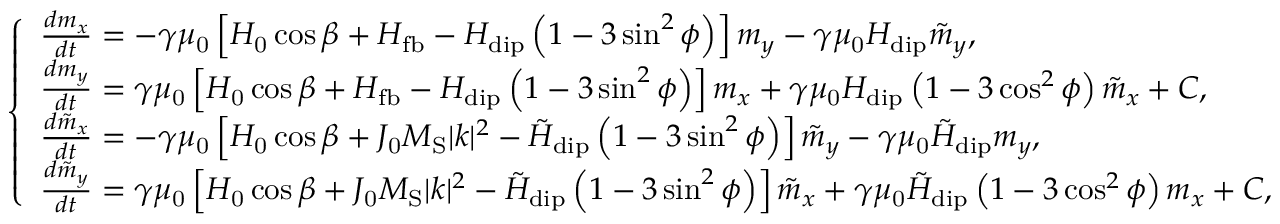
\left\{ \begin{array} { l l } { \frac { d m _ { x } } { d t } = - \gamma \mu _ { \mathrm { 0 } } \left[ H _ { \mathrm { 0 } } \cos \beta + H _ { \mathrm { f b } } - H _ { \mathrm { d i p } } \left( 1 - 3 \sin ^ { 2 } \phi \right) \right] m _ { y } - \gamma \mu _ { \mathrm { 0 } } H _ { \mathrm { d i p } } \tilde { m } _ { y } , } \\ { \frac { d m _ { y } } { d t } = \gamma \mu _ { \mathrm { 0 } } \left[ H _ { \mathrm { 0 } } \cos \beta + H _ { \mathrm { f b } } - H _ { \mathrm { d i p } } \left( 1 - 3 \sin ^ { 2 } \phi \right) \right] m _ { x } + \gamma \mu _ { \mathrm { 0 } } H _ { \mathrm { d i p } } \left( 1 - 3 \cos ^ { 2 } \phi \right) \tilde { m } _ { x } + C , } \\ { \frac { d \tilde { m } _ { x } } { d t } = - \gamma \mu _ { \mathrm { 0 } } \left[ H _ { \mathrm { 0 } } \cos \beta + J _ { \mathrm { 0 } } M _ { \mathrm { S } } | k | ^ { 2 } - \tilde { H } _ { \mathrm { d i p } } \left( 1 - 3 \sin ^ { 2 } \phi \right) \right] \tilde { m } _ { y } - \gamma \mu _ { \mathrm { 0 } } \tilde { H } _ { \mathrm { d i p } } m _ { y } , } \\ { \frac { d \tilde { m } _ { y } } { d t } = \gamma \mu _ { \mathrm { 0 } } \left[ H _ { \mathrm { 0 } } \cos \beta + J _ { \mathrm { 0 } } M _ { \mathrm { S } } | k | ^ { 2 } - \tilde { H } _ { \mathrm { d i p } } \left( 1 - 3 \sin ^ { 2 } \phi \right) \right] \tilde { m } _ { x } + \gamma \mu _ { \mathrm { 0 } } \tilde { H } _ { \mathrm { d i p } } \left( 1 - 3 \cos ^ { 2 } \phi \right) m _ { x } + C , } \end{array} \right.